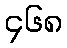
၄၆၈